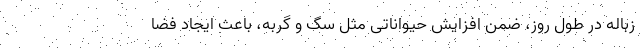
زباله در طول روز، ضمن افزایش حیواناتی مثل سگ و گربه، باعث ایجاد فضا